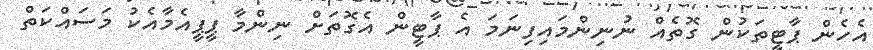
އެހެން ޕާޓީތަކުން ގޮތެއް ނުނިންމައިފިނަމަ އެ ޕާޓީން އެގޮތަށް ނިންމާ ޕީޕީއެމާއެކު މަސައްކަތް